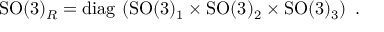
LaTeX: \mathrm { S O } ( 3 ) _ { R } = \mathrm { d i a g } \, \left( \mathrm { S O } ( 3 ) _ { 1 } \times \mathrm { S O } ( 3 ) _ { 2 } \times \mathrm { S O } ( 3 ) _ { 3 } \right) ~ .